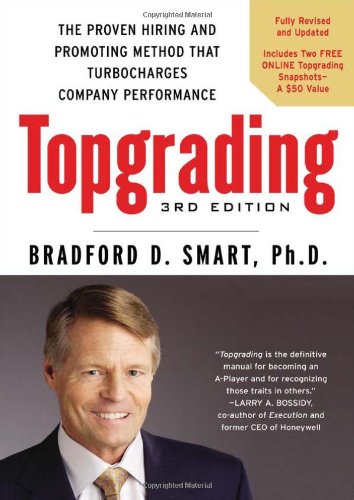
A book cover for Topgrading, 3rd Edition: The Proven Hiring and Promoting Method That Turbocharges Company Performance; Bradford D. Smart Ph.D.; Business & Money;